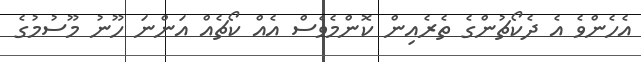
އެހެންވެ އެ ދެކޯޗުންގެ ތެރެއިން ކޮންމެވެސް އެއް ކޯޗެއް އަންނަ ހޫނު މޫސުމުގެ